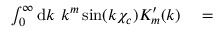
\begin{array} { r l } { \int _ { 0 } ^ { \infty } \mathrm { d } k \ k ^ { m } \sin ( k \chi _ { c } ) K _ { m } ^ { \prime } ( k ) } & { { } = } \end{array}